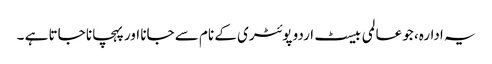
یہ ادارہ، جو عالمی بیسٹ اردو پوئٹری کے نام سے جانا اور پہچانا جاتا ہے ۔